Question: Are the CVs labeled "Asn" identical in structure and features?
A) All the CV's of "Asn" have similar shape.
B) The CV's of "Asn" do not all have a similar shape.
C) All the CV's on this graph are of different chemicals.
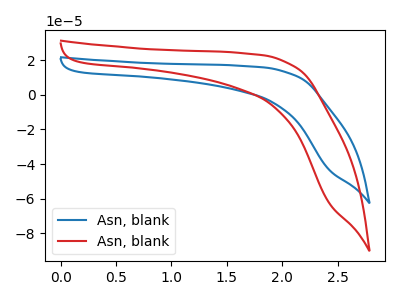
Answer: <think>The blue curve "Asn, blank1" has no peaks. The red curve "Asn, blank2" has no peaks.
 Neither "Asn, blank1" or "Asn, blank2" have any peaks.</think>
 <answer>A) All the CV's of "Asn" have similar shape.</answer>
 <eval>A</eval>